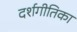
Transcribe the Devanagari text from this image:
दर्शगीतिका